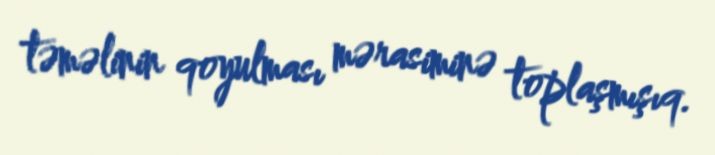
təməlinin qoyulması mərasiminə toplaşmışıq.